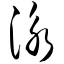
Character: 泳